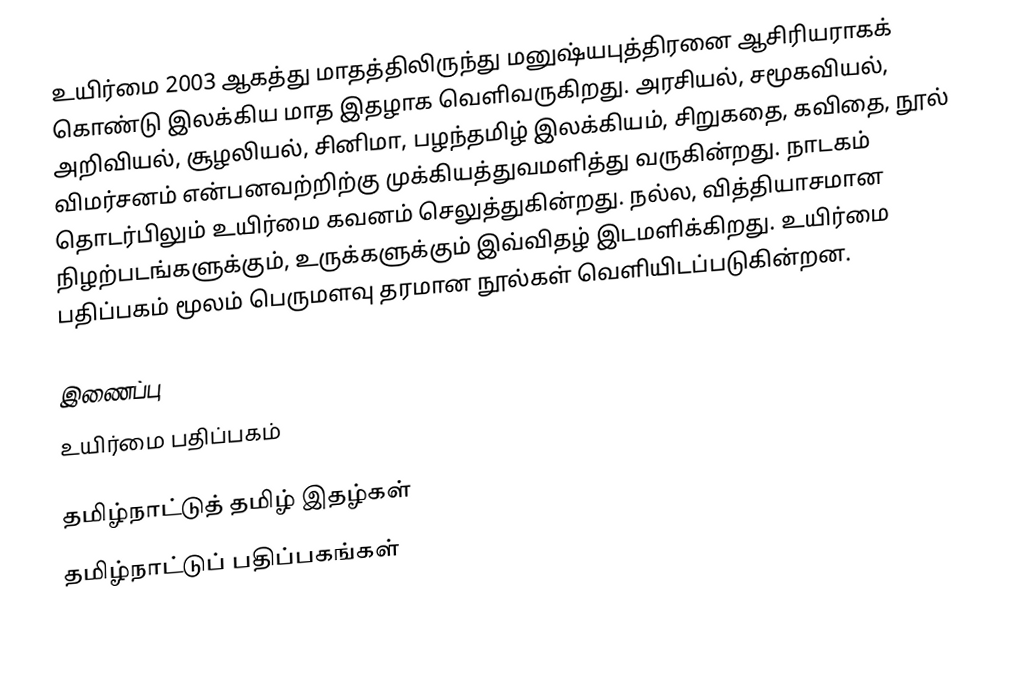
உயிர்மை 2003 ஆகத்து மாதத்திலிருந்து மனுஷ்யபுத்திரனை ஆசிரியராகக் கொண்டு இலக்கிய மாத இதழாக வெளிவருகிறது. அரசியல், சமூகவியல், அறிவியல், சூழலியல், சினிமா, பழந்தமிழ் இலக்கியம், சிறுகதை, கவிதை, நூல் விமர்சனம் என்பனவற்றிற்கு முக்கியத்துவமளித்து வருகின்றது. நாடகம் தொடர்பிலும் உயிர்மை கவனம் செலுத்துகின்றது. நல்ல, வித்தியாசமான நிழற்படங்களுக்கும், உருக்களுக்கும் இவ்விதழ் இடமளிக்கிறது. உயிர்மை பதிப்பகம் மூலம் பெருமளவு தரமான நூல்கள் வெளியிடப்படுகின்றன.

இணைப்பு
 உயிர்மை பதிப்பகம்

தமிழ்நாட்டுத் தமிழ் இதழ்கள்
தமிழ்நாட்டுப் பதிப்பகங்கள்